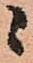
ニ